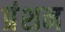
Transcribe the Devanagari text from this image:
प्रंशन